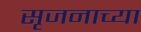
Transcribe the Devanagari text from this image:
सृजनाच्या